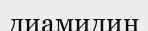
диамидин